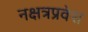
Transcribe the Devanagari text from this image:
नक्षत्रप्रवेश